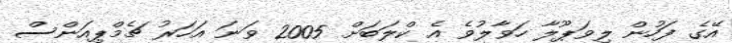
އޭގެ ފަހުން ލިވަޕޫލާ ހަވާލުވެ އެ ކްލަބަށް 2005 ވަނަ އަހަރު ޗެމްޕިއަންސް